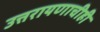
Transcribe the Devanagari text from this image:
उत्तरायणाचीही